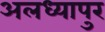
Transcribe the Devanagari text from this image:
अलध्यापुर